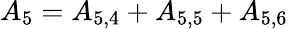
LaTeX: {A_{5}}={A_{5,4}}+{A_{5,5}}+{A_{5,6}}